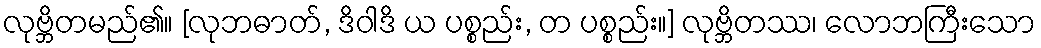
လုဗ္ဘိတမည်၏။ [လုဘဓာတ်, ဒိဝါဒိ ယ ပစ္စည်း, တ ပစ္စည်း။] လုဗ္ဘိတဿ၊ လောဘကြီးသော